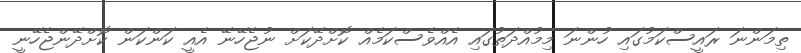
ތިމަންނަ ރައީސްކަމުގައި ހުންނަ މިމުއްދަތުގައި އެއްވެސްކަމެއް ކޮށްދޭކަށް ނުޖެހޭނޭ އެއީ ކަންކަން ކޮށްދޭންޖެހޭނީ